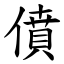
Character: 僨